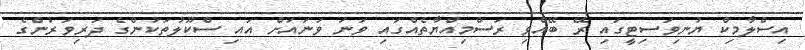
އިސްލާމިކް ޔުނިވަސިޓީގައި ރޭ ބޭއްވި ރަސްމިއްޔާތެއްގައި ވަނަ ވަނައަށް އައި ސްކޫލުތަކުންގެ ދަރިވަރުންގެ